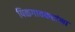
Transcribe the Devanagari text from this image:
पिळगावकरांना